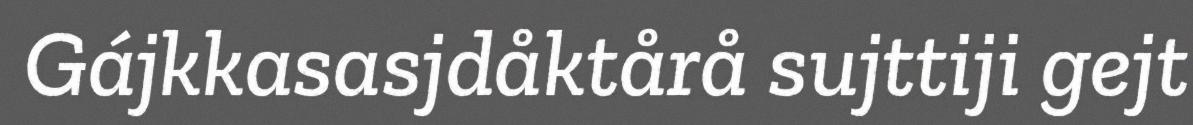
Gájkkasasjdåktårå sujttiji gejt